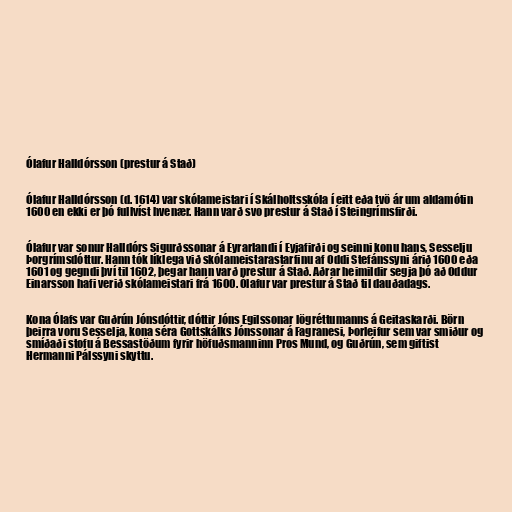
Ólafur Halldórsson (prestur á Stað)

Ólafur Halldórsson (d. 1614) var skólameistari í Skálholtsskóla í eitt eða tvö ár um aldamótin
1600 en ekki er þó fullvíst hvenær. Hann varð svo prestur á Stað í Steingrímsfirði.

Ólafur var sonur Halldórs Sigurðssonar á Eyrarlandi í Eyjafirði og seinni konu hans, Sesselju
Þorgrímsdóttur. Hann tók líklega við skólameistarastarfinu af Oddi Stefánssyni árið 1600 eða
1601 og gegndi því til 1602, þegar hann varð prestur á Stað. Aðrar heimildir segja þó að Oddur
Einarsson hafi verið skólameistari frá 1600. Ólafur var prestur á Stað til dauðadags.

Kona Ólafs var Guðrún Jónsdóttir, dóttir Jóns Egilssonar lögréttumanns á Geitaskarði. Börn
þeirra voru Sesselja, kona séra Gottskálks Jónssonar á Fagranesi, Þorleifur sem var smiður og
smíðaði stofu á Bessastöðum fyrir höfuðsmanninn Pros Mund, og Guðrún, sem giftist
Hermanni Pálssyni skyttu.